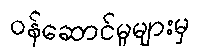
ဝန်ဆောင်မှုများမှ